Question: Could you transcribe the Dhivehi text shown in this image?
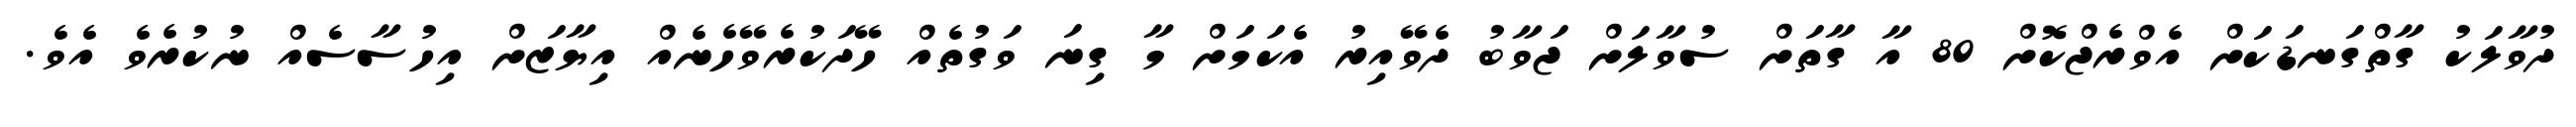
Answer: ދުވާލަކު ގާތްގަނޑަކަށް އެވްރެޖްކޮށް 80 އާ ގާތަށް ސުވާލަށް ޖަވާބު ދެވޭއިރު އެކަމަށް މާ ގިނަ ވަގުތެއް ހޭދަކުރެވޭހެނެއް އިޔާޒަށް އިހުސާސެއް ނުކުރެވެ އެވެ.